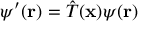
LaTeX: \psi ^ { \prime } ( \mathbf { r } ) = { \hat { T } } ( \mathbf { x } ) \psi ( \mathbf { r } )